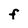
Character: F